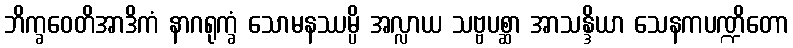
ဘိက္ခဝေတိအာဒိကံ နာဂရုက္ခံ သောမနဿမ္ပိ အလ္လာယ သဗ္ဗပစ္ဆာ အာသန္ဒိယာ သေနကပဏ္ဍိတော